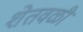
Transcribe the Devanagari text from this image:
शेतवळी